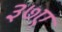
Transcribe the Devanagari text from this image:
३७ए